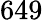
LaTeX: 649